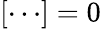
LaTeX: [\cdots]=0